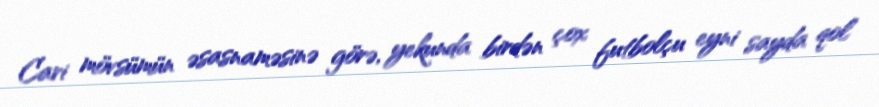
Cari mövsümün əsasnaməsinə görə, yekunda birdən çox futbolçu eyni sayda qol